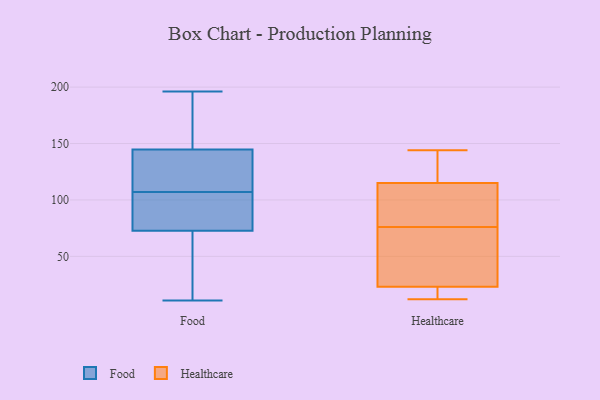
{"axis": {"x": "Demand Index", "y": "Value"}, "legend": ["Food", "Healthcare"], "data": [{"x": "", "y": 146, "type": "Food"}, {"x": "", "y": 78, "type": "Food"}, {"x": "", "y": 117, "type": "Food"}, {"x": "", "y": 97, "type": "Food"}, {"x": "", "y": 96, "type": "Food"}, {"x": "", "y": 71, "type": "Food"}, {"x": "", "y": 130, "type": "Food"}, {"x": "", "y": 11, "type": "Food"}, {"x": "", "y": 196, "type": "Food"}, {"x": "", "y": 163, "type": "Food"}, {"x": "", "y": 51, "type": "Food"}, {"x": "", "y": 107, "type": "Food"}, {"x": "", "y": 141, "type": "Food"}, {"x": "", "y": 32, "type": "Food"}, {"x": "", "y": 113, "type": "Food"}, {"x": "", "y": 150, "type": "Food"}, {"x": "", "y": 68, "type": "Food"}, {"x": "", "y": 193, "type": "Food"}, {"x": "", "y": 106, "type": "Food"}, {"x": "", "y": 82, "type": "Healthcare"}, {"x": "", "y": 12, "type": "Healthcare"}, {"x": "", "y": 23, "type": "Healthcare"}, {"x": "", "y": 57, "type": "Healthcare"}, {"x": "", "y": 115, "type": "Healthcare"}, {"x": "", "y": 70, "type": "Healthcare"}, {"x": "", "y": 121, "type": "Healthcare"}, {"x": "", "y": 107, "type": "Healthcare"}, {"x": "", "y": 144, "type": "Healthcare"}, {"x": "", "y": 15, "type": "Healthcare"}]}